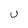
Character: U